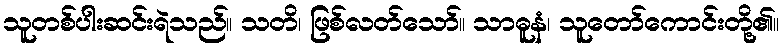
သူတစ်ပါးဆင်းရဲသည်။ သတိ၊ ဖြစ်လတ်သော်။ သာဓူနံ၊ သူတော်ကောင်းတို့၏။